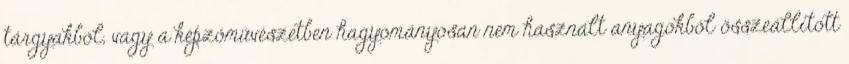
tárgyakból, vagy a képzőművészetben hagyományosan nem használt anyagokból összeállított